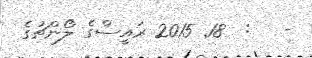
-   :  18